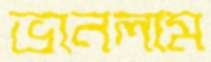
ভানলাম